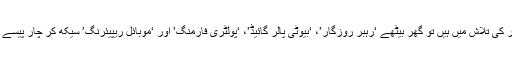
اگر آپ روزگار کی تلاش میں ہیں تو گھر بیٹھے ‘رہبر روزگار’، ‘بیوٹی پالر گائیڈ’، ‘پولٹری فارمنگ’ اور ‘موبائل ریپیئرنگ’ سیکھ کر چار پیسے کماسکتے ہیں۔